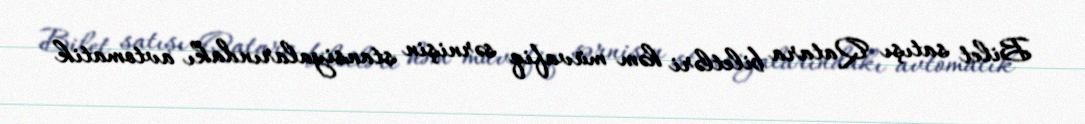
Bilet satışı Qatara biletləri həm müvafiq sərnişin stansiyalarındakı avtomatik